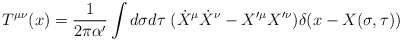
\begin{align*} T^{\mu\nu}(x)=\frac{1}{2\pi\alpha'}\int d\sigma d\tau \;(\dot{X}^{\mu}\dot{X}^{\nu}-X'^{\mu}X'^{\nu})\delta(x-X(\sigma,\tau))\end{align*}